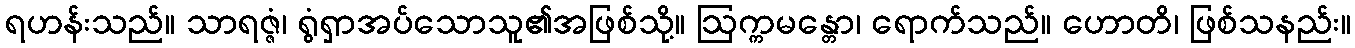
ရဟန်းသည်။ သာရဇ္ဇံ၊ ရွံရှာအပ်သောသူ၏အဖြစ်သို့။ ဩက္ကမန္တော၊ ရောက်သည်။ ဟောတိ၊ ဖြစ်သနည်း။